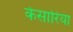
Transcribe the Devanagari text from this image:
केसारिया